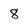
Character: 8